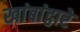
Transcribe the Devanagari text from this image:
खांबांद्वारे